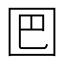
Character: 𡇃